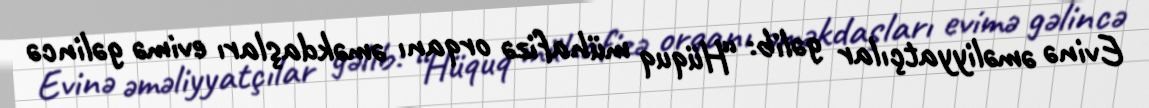
Evinə əməliyyatçılar gəlib: “Hüquq mühafizə orqanı əməkdaşları evimə gəlincə